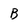
Character: B